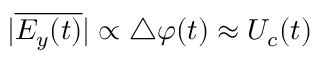
| \overline { { E _ { y } ( t ) } } | \propto \triangle \varphi ( t ) \approx U _ { c } ( t )